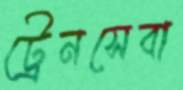
ট্রেনসেবা